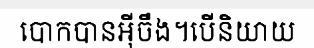
បោកបានអ៊ីចឹង។បើនិយាយ